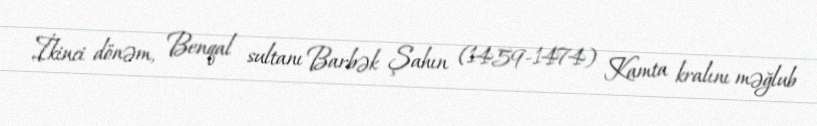
İkinci dönəm, Benqal sultanı Barbək Şahın (1459-1474) Kamta kralını məğlub